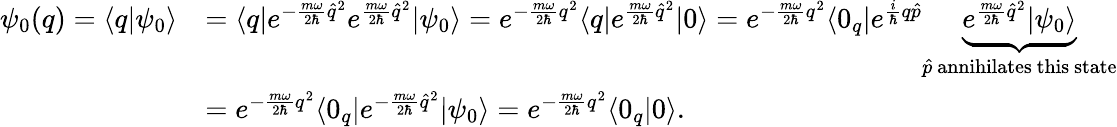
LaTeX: \begin{array}{rl}{\psi_{0}(q)=\langle q|\psi_{0}\rangle}&{=\langle q|e^{-\frac{m\omega}{2\hbar}\hat{q}^{2}}e^{\frac{m\omega}{2\hbar}\hat{q}^{2}}|\psi_{0}\rangle=e^{-\frac{m\omega}{2\hbar}q^{2}}\langle q|e^{\frac{m\omega}{2\hbar}\hat{q}^{2}}|0\rangle=e^{-\frac{m\omega}{2\hbar}q^{2}}\langle 0_{q}|e^{\frac{i}{\hbar}q\hat{p}}\underbrace{e^{\frac{m\omega}{2\hbar}\hat{q}^{2}}|\psi_{0}\rangle}_{\hat{p}~\mathrm{annihilates~this~state}}}\\ &{=e^{-\frac{m\omega}{2\hbar}q^{2}}\langle 0_{q}|e^{-\frac{m\omega}{2\hbar}\hat{q}^{2}}|\psi_{0}\rangle=e^{-\frac{m\omega}{2\hbar}q^{2}}\langle 0_{q}|0\rangle.}\end{array}